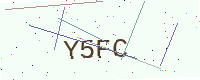
Text: Y5FC